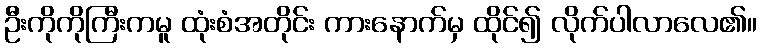
ဦးကိုကိုကြီးကမူ ထုံးစံအတိုင်း ကားနောက်မှ ထိုင်၍ လိုက်ပါလာလေ၏။